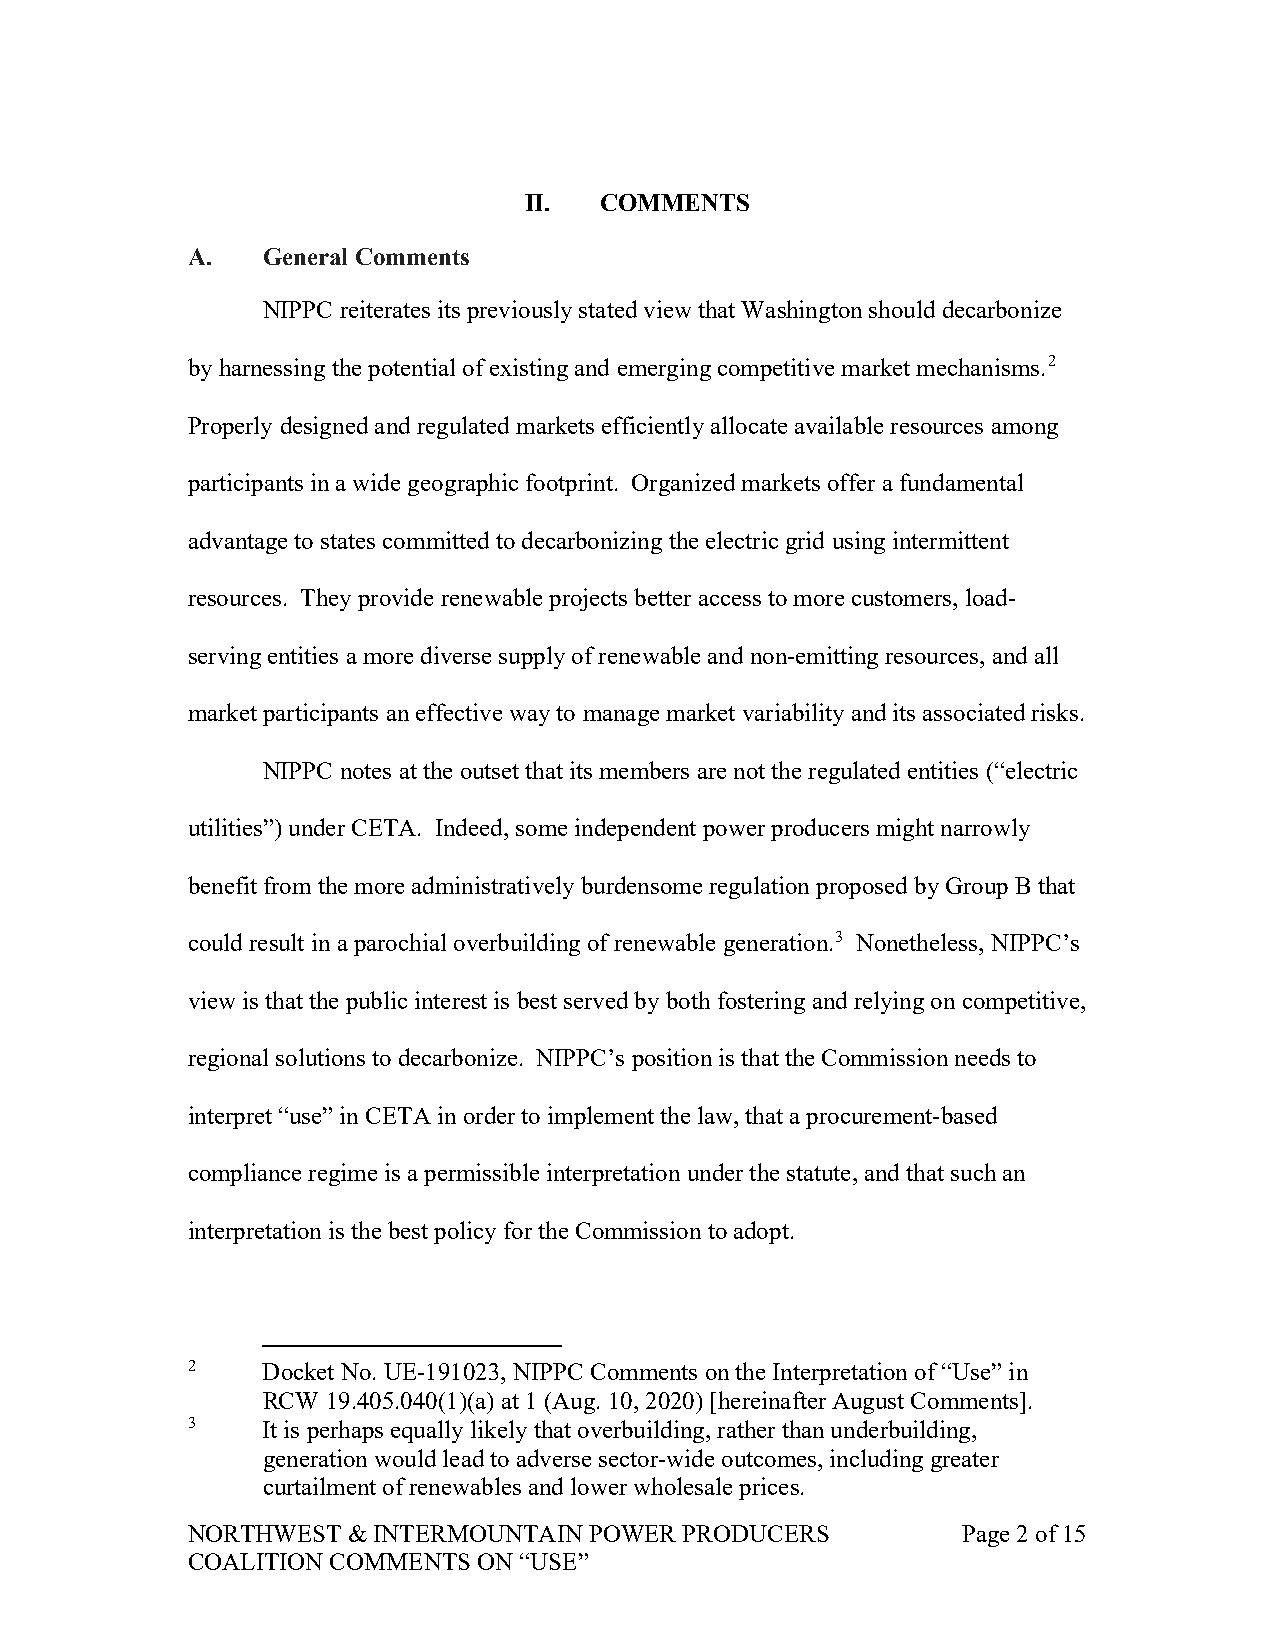
II.  COMMENTS
 A.   General Comments
 NIPPC reiterates its previously stated view that Washington should decarbonize
 by harnessing the potential of existing and emerging competitive market mechanisms.2
 Properly designed and regulated markets efficiently allocate available resources among
 participants in a wide geographic footprint. Organized markets offer a fundamental
 advantage to states committed to decarbonizing the electric grid using intermittent
 resources. They provide renewable projects better access to more customers, load-
 serving entities a more diverse supply of renewable and non-emitting resources, and all
 market participants an effective way to manage market variability and its associated risks.
 NIPPC notes at the outset that its members are not the regulated entities (“electric
 utilities”) under CETA. Indeed, some independent power producers might narrowly
 benefit from the more administratively burdensome regulation proposed by Group B that
 could result in a parochial overbuilding of renewable generation.3 Nonetheless, NIPPC’s
 view is that the public interest is best served by both fostering and relying on competitive,
 regional solutions to decarbonize. NIPPC’s position is that the Commission needs to
 interpret “use” in CETA in order to implement the law, that a procurement-based
 compliance regime is a permissible interpretation under the statute, and that such an
 interpretation is the best policy for the Commission to adopt.
 2    Docket No. UE-191023, NIPPC Comments on the Interpretation of “Use” in
 RCW  19.405.040(1)(a) at 1 (Aug. 10, 2020) [hereinafter August Comments].
 3    It is perhaps equally likely that overbuilding, rather than underbuilding,
 generation would lead to adverse sector-wide outcomes, including greater
 curtailment of renewables and lower wholesale prices.
 NORTHWEST  & INTERMOUNTAIN POWER PRODUCERS          Page 2 of 15
 COALITION COMMENTS  ON “USE”